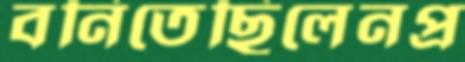
বনিতেছিলেনপ্র